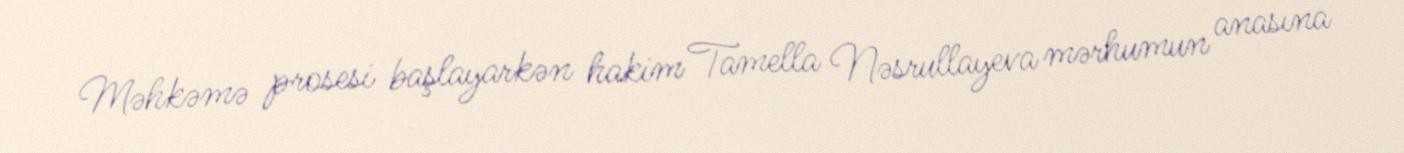
Məhkəmə prosesi başlayarkən hakim Tamella Nəsrullayeva mərhumun anasına